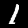
Digit: 1